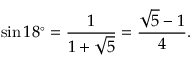
\sin 1 8 ^ { \circ } = { \frac { 1 } { 1 + { \sqrt { 5 } } } } = { \frac { { \sqrt { 5 } } - 1 } { 4 } } .